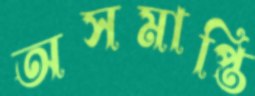
অসমাপ্তি